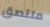
ملتصق